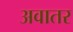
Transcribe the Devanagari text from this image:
अवातर